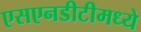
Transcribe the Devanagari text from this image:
एसएनडीटीमध्ये